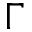
\Gamma